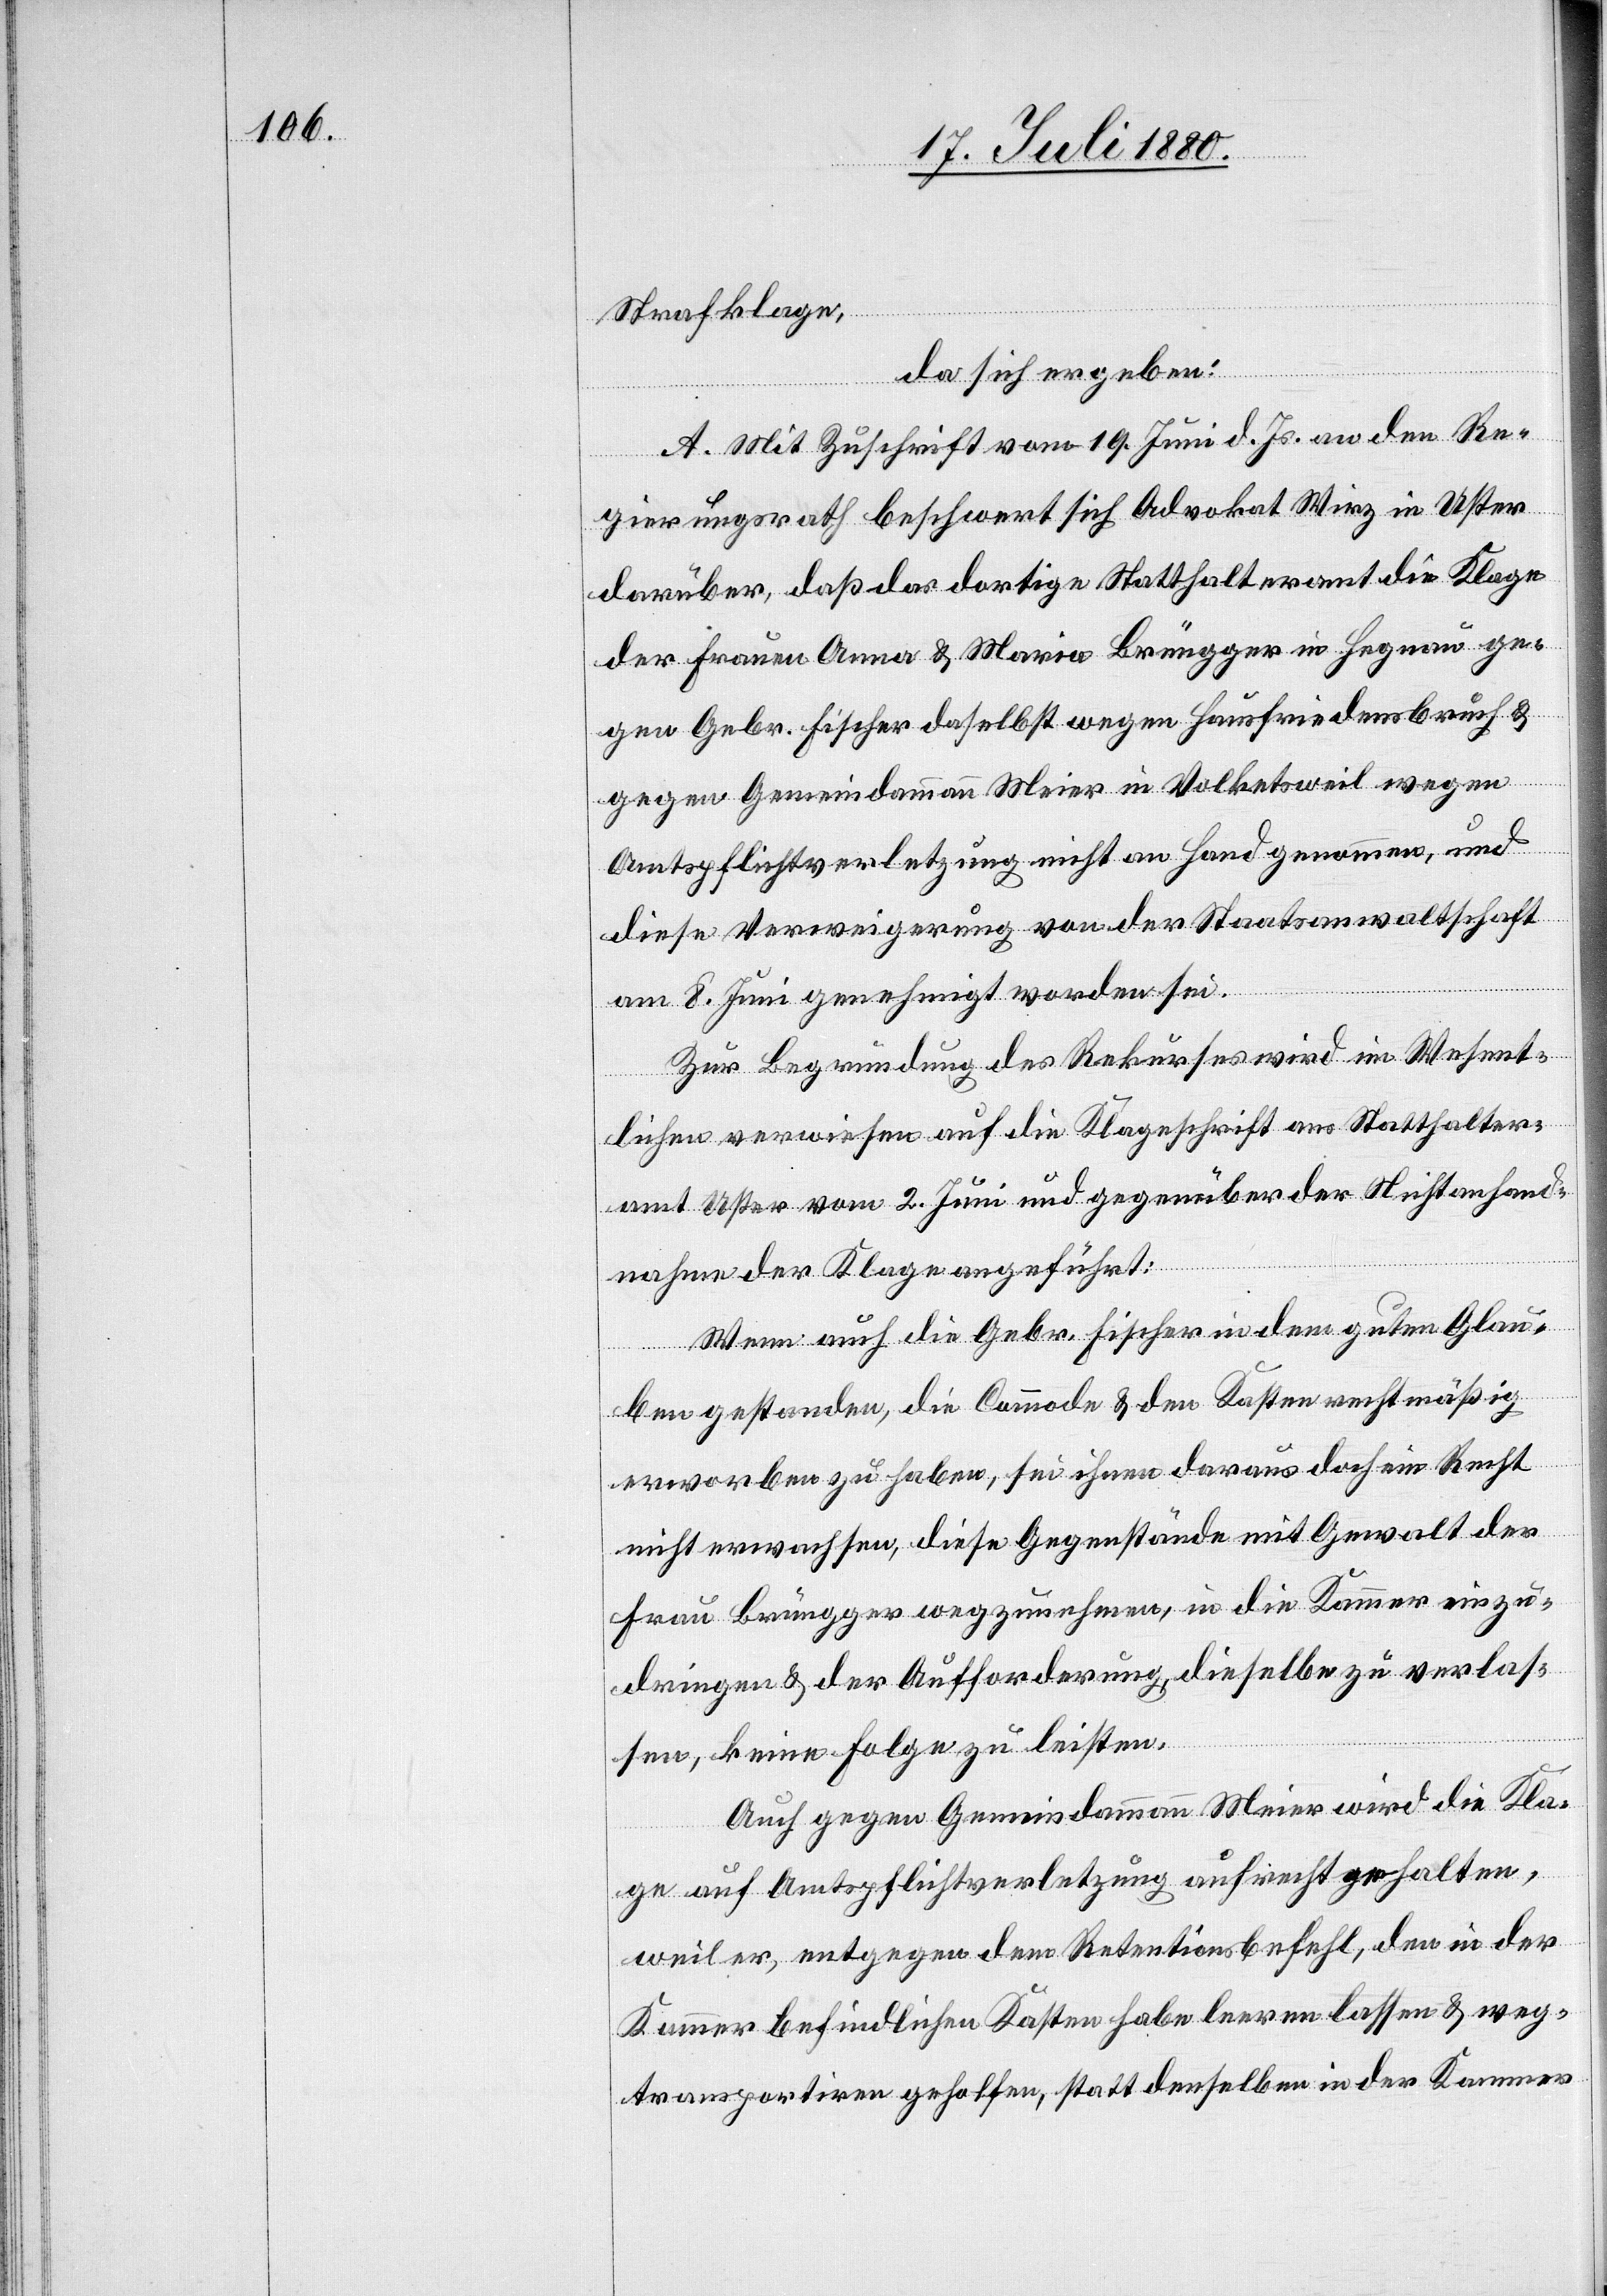
Strafklage,
da sich ergeben:
A. Mit Zuschrift vom 19. Juni d. Js. an den Re¬
gierungsrath beschwert sich Advokat Wirz in Uster
darüber, daß das dortige Statthalteramt die Klage
der Frauen Anna & Maria Brüngger in Hegnau ge¬
gen Gebr. Fischer daselbst wegen Hausfriedensbruch &
gegen Gemeindammann Meier in Volketsweil wegen
Amtspflichtverletzung nicht an Hand genommen, und
diese Verweigerung von der Staatsanwaltschaft
am 8. Juni genehmigt worden sei.
Zur Begründung des Rekurses wird im Wesent¬
lichen verweisen auf die Klageschrift ans Statthalter¬
amt Uster vom 2. Juni und gegenüber der Nichtanhand¬
nahme der Klage angeführt:
Wenn auch die Gebr. Fischer in dem guten Glau¬
ben gestanden, die Commode & den Kasten rechtmäßig
erworben zu haben, sei ihnen daraus doch ein Recht
nicht erwachsen, diese Gegenstände mit Gewalt der
Frau Brüngger wegzunehmen, in die Kammer einzu¬
dringen & der Aufforderung, dieselbe zu verlas¬
sen, keine Folge zu leisten.
Auch gegen Gemeindammann Meier wird die Kla¬
ge auf Amtspflichtverletzung aufrecht gehalten,
weil er, entgegen dem Retentionsbefehl, den in der
Kammer befindlichen Kasten habe leeren lassen & weg¬
transportiren geholfen, statt denselben in der Kammer